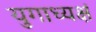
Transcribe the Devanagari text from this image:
युगाध्यक्षं